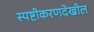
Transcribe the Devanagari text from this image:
स्पष्टीकरणदेखील